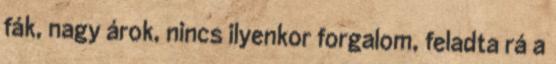
fák, nagy árok, nincs ilyenkor forgalom, feladta rá a